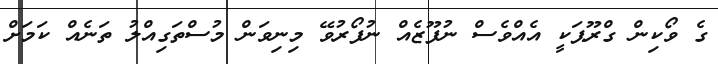
ގެ ވޯކިން ގްރޫޕަކީ އެއްވެސް ނުފޫޒެއް ނުފޯރުވޭ މިނިވަން މުސްތަގިއްލު ތަނެއް ކަމަށް